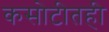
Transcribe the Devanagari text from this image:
कसोटीतही